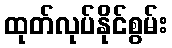
ထုတ်လုပ်နိုင်စွမ်း